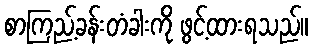
စာကြည့်ခန်းတံခါးကို ဖွင့်ထားရသည်။